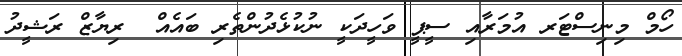
ހޯމް މިނިސްޓަރ އުމަރާއި ސީޕީ ވަހީދަކީ ނުކުޅެދުންތެރި ބައެއް  ރިޔާޒް ރަޝީދު